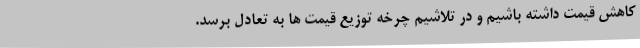
کاهش قیمت داشته باشیم و در تلاشیم چرخه توزیع قیمت ها به تعادل برسد.